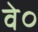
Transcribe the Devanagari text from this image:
वे०